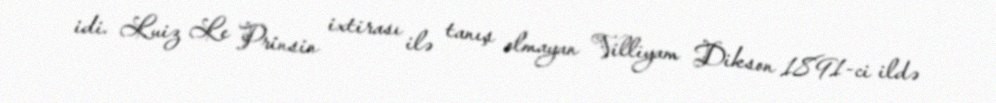
idi. Luiz Le Prinsin ixtirası ilə tanış olmayan Villiyam Dikson 1891-ci ildə